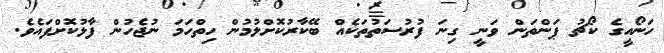
ހަނޯއީގެ ކޯޗު ޕަންތަން ވަނީ ގިނަ ފުރުސަތުތަކެއް ބޭކާރުކޮށްލުމުން ހިތްހަމަ ނުޖެހުން ފާޅުކޮށްފައެވެ.